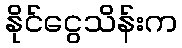
နိုင်ငွေသိန်းက